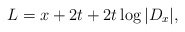
\begin{align*}L = x+2t+2t\log|D_x|,\end{align*}